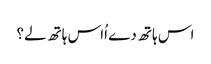
اس ہاتھ دے اُاس ہاتھ لے؟